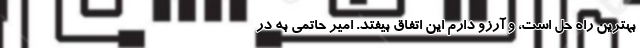
بهترین راه حل است، و آرزو دارم این اتفاق بیفتد. امیر حاتمی به ‌در